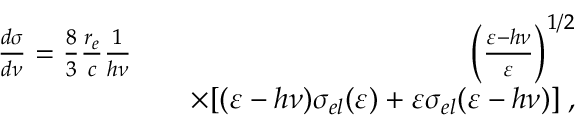
\begin{array} { r l r } { \frac { d \sigma } { d \nu } = \frac { 8 } { 3 } \frac { r _ { e } } { c } \frac { 1 } { h \nu } } & { } & { \left( \frac { \varepsilon - h \nu } { \varepsilon } \right) ^ { 1 / 2 } } \\ & { } & { \times [ ( \varepsilon - h \nu ) \sigma _ { e l } ( \varepsilon ) + \varepsilon \sigma _ { e l } ( \varepsilon - h \nu ) ] \; , } \end{array}